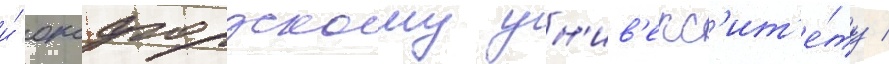
и́ оксфордскому ун'ив'ерс'ит'е́ту /